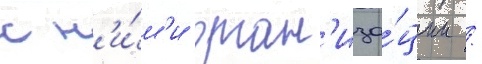
с н'и́м'и орган'иза́ции /